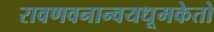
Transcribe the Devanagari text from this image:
रावणवनान्वयधूमकेतो